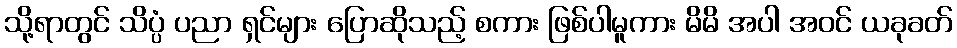
သို့ရာတွင် သိပ္ပံ ပညာ ရှင်များ ပြောဆိုသည့် စကား ဖြစ်ပါမူကား မိမိ အပါ အဝင် ယခုခတ်